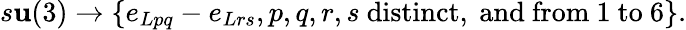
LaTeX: s\mathbf{u}(3)\rightarrow\{ e_{Lpq}-e_{Lrs},p,q,r,s\mathrm{{~distinct,~and~from~}}1\mathrm{{~to~}}6\} .